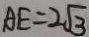
A E = 2 \sqrt { 3 }